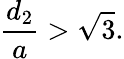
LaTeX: {\frac{d_{2}}{a}}>{\sqrt{3}}.